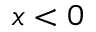
x < 0